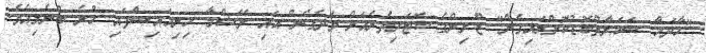
"ހާދަހާ ސަކަރާތްބޮޑުކޮށްލައިގެން" ޒޫރިންގެ ކޮޓަރިތެރެއަށް ވަދެގެން އައި ރޭޝްމާ ހިނިއައިސްފައި ހުރެ ބުނެލިއެވެ.